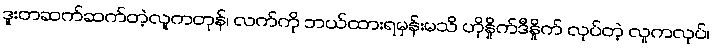
ဒူးတဆက်ဆက်တဲ့လူကတုန်၊ လက်ကို ဘယ်ထားရမှန်းမသိ ဟိုနှိုက်ဒီနှိုက် လုပ်တဲ့ လူကလုပ်၊